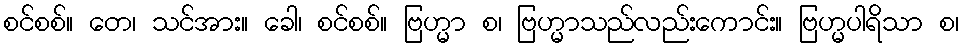
စင်စစ်။ တေ၊ သင်အား။ ခေါ၊ စင်စစ်။ ဗြဟ္မာ စ၊ ဗြဟ္မာသည်လည်းကောင်း။ ဗြဟ္မပါရိသာ စ၊